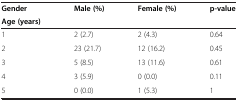
<table><thead><tr><td><b>Gender</b></td><td><b>Male (%)</b></td><td><b>Female (%)</b></td><td><b>p-value</b></td></tr><tr><td><b>Age (years)</b></td><td></td><td></td><td></td></tr></thead><tbody><tr><td>1</td><td>2 (2.7)</td><td>2 (4.3)</td><td>0.64</td></tr><tr><td>2</td><td>23 (21.7)</td><td>12 (16.2)</td><td>0.45</td></tr><tr><td>3</td><td>5 (8.5)</td><td>13 (11.6)</td><td>0.61</td></tr><tr><td>4</td><td>3 (5.9)</td><td>0 (0.0)</td><td>0.11</td></tr><tr><td>5</td><td>0 (0.0)</td><td>1 (5.3)</td><td>1</td></tr></tbody></table>